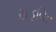
સફવિદ